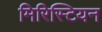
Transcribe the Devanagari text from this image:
मिरिस्टियन